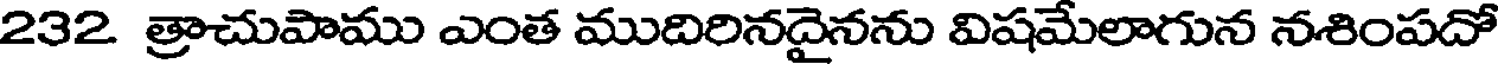
232 త్రాచుపాము ఎంత ముదిరినదైనను విషమేలాగున నశింపదో